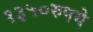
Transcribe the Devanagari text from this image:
१३५०रुपये